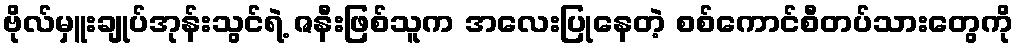
ဗိုလ်မှူးချုပ်အုန်းသွင်ရဲ့ ဇနီးဖြစ်သူက အလေးပြုနေတဲ့ စစ်ကောင်စီတပ်သားတွေကို